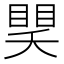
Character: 𥈏